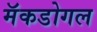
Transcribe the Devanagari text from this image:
मॅकडोगल